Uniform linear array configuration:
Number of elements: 16
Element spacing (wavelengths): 0.5
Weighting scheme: kaiser
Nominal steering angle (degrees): -15
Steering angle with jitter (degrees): -13.327
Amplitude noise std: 0.05
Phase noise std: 0.05

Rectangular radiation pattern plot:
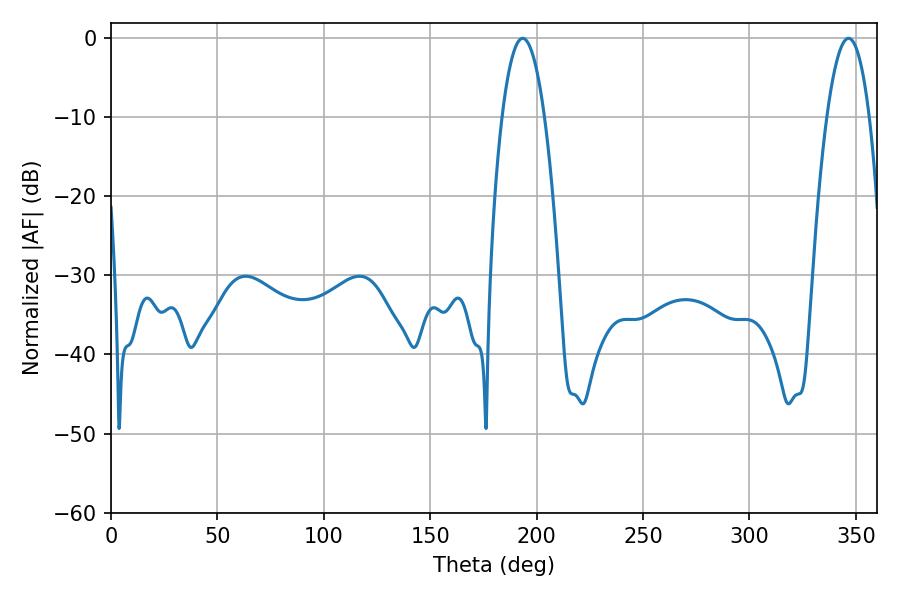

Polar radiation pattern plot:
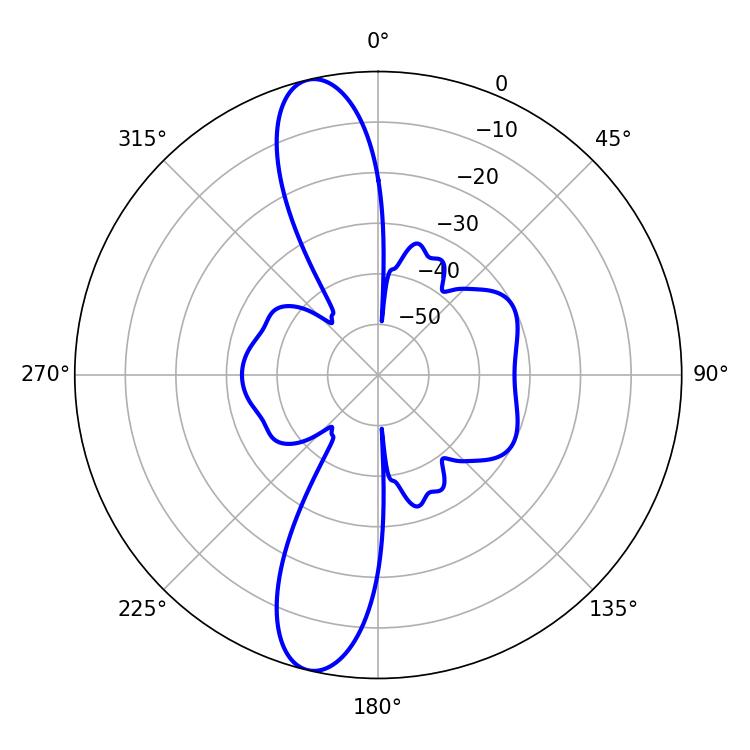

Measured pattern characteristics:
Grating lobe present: FALSE
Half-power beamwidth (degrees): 11.16
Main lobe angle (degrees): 193.5